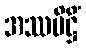
အဿပိဋ္ဌိံ